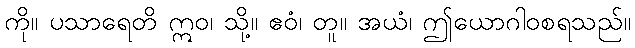
ကို။ ပသာရေတိ ဣဝ၊ သို့။ ဧဝံ၊ တူ။ အယံ၊ ဤယောဂါဝစရသည်။